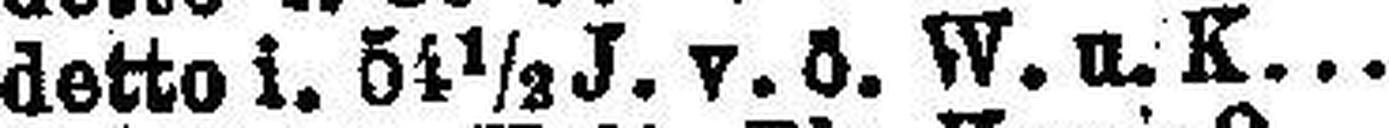
detto i. 51½ J. v. ö. W. u. K 4